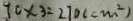
9 0 \times 3 = 2 7 0 ( c m ^ { 2 } )